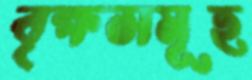
বৃক্ষসমূহ